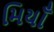
મિયાઁ